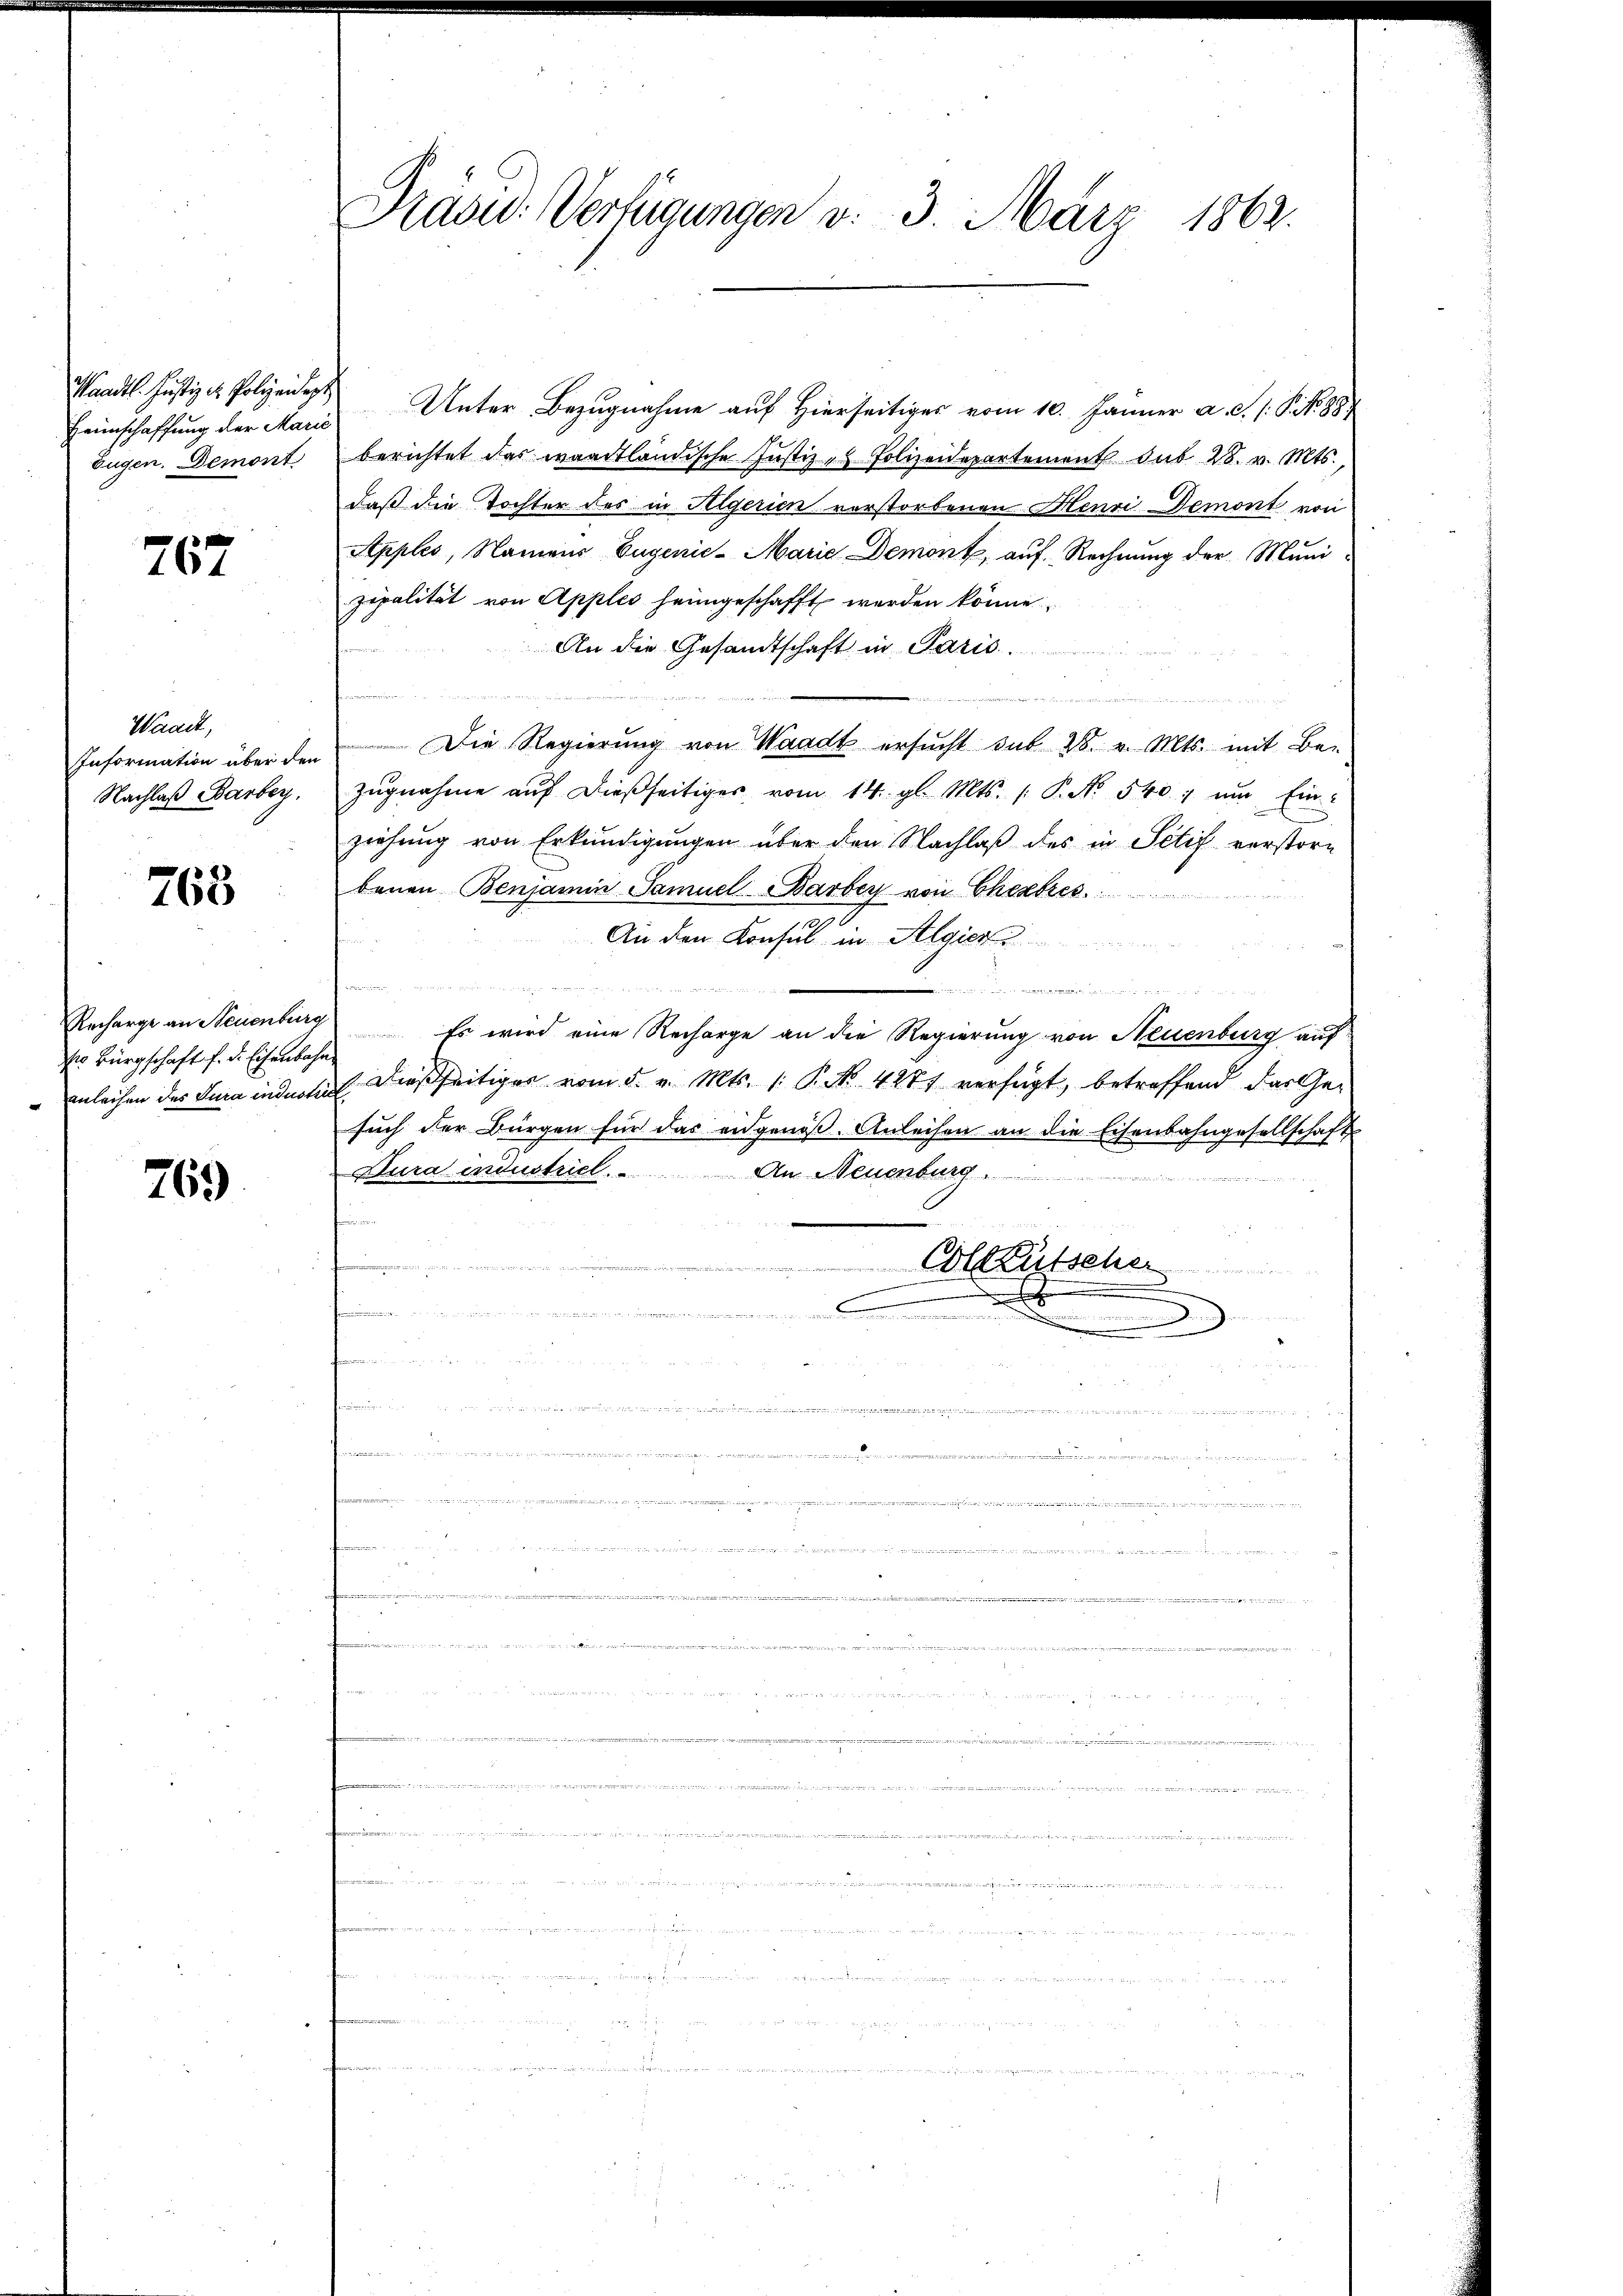
Heimschaffung der Marie
Eugen. Demont

767

Waadt,
Nachlaß Barbey.

768

r Bürgschaft f. d. Eisenbahn
anleihen des Jura industrie

769

Pasu. Verfügungen v. 3. März 1863.

Waadt Justiz & Polizen Unter Bezugnahme auf Hierseitiger vom 10. Jänner a.c. s. S. 88
berichtet das waadtländische Justiz- & Polizeidepartement sub 28. v. Mts.,
daß die Tochter des in Algerien verstorbenen Henvi Demont von
Apples, Namens Eugenie-Marie Demont, auf Rechnung der Munizipalität von Apples heimgeschafft werden könne,
An die Gesandtschaft in Paris.
   ten eineren
.
Information über den Die Regierŭng von Waadt ersŭcht sub 28. v. Mts. mit Be-
zugnahme auf dießseitiges vom 14. gl. Mts. (: P. Nr. 540, um Einziehŭng von Erkundigŭngen über den Nachlaβ des in Sctif verstorbenen Benjamin Samuel Barbey von Eheabres.
An den Konsul in Algier

Recharge an Neuenburg. Es wird eine Recharge an die Regierung von Neuenburg auf
1 dießseitiges vom 5. v. Mts. 1. P. Nr. 4277 verfügt, betreffend das Gesuch der Bürgen für das eidgenoß. Anleihen an die Eisenbahngesellschaft
Dura industriel. An Neuenburg.
Colktütscher
 ehren
.

n
.
.
r

.
 ....